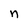
Character: n